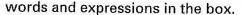
words and expressions in the box.